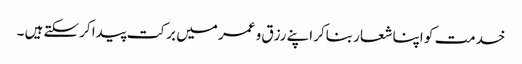
خدمت کو اپنا شعار بناکر اپنے رزق و عمر میں برکت پیدا کرسکتے ہیں ۔